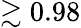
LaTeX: \gtrsim 0.98